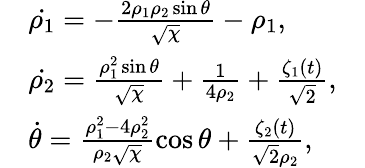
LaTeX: \begin{array}{rlr}&{\dot{\rho_{1}}=-\frac{2\rho_{1}\rho_{2}\sin\theta}{\sqrt{\chi}}-\rho_{1},}&\\ &{\dot{\rho_{2}}=\frac{\rho_{1}^{2}\sin\theta}{\sqrt{\chi}}+\frac{1}{4\rho_{2}}+\frac{\zeta_{1}(t)}{\sqrt{2}},}&\\ &{\dot{\theta}=\frac{\rho_{1}^{2}-4\rho_{2}^{2}}{\rho_{2}\sqrt{\chi}}\cos\theta+\frac{\zeta_{2}(t)}{\sqrt{2}\rho_{2}},}\end{array}